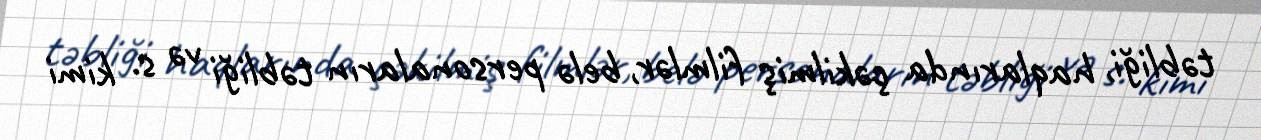
təbliği, haqlarında çəkilmiş filmlər, belə personaların təbliği və s. kimi